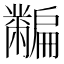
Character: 𪓎